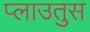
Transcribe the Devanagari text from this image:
प्लाउतुस